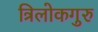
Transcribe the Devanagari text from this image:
त्रिलोकगुरु